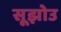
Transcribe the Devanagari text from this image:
सूझोउ